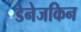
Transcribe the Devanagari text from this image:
डेनेजकिन